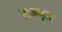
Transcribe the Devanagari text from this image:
सम्भृतः